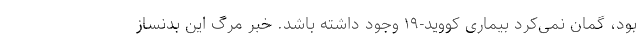
بود، گمان نمی‌کرد بیماری کووید-۱۹ وجود داشته باشد. خبر مرگ این بدنساز